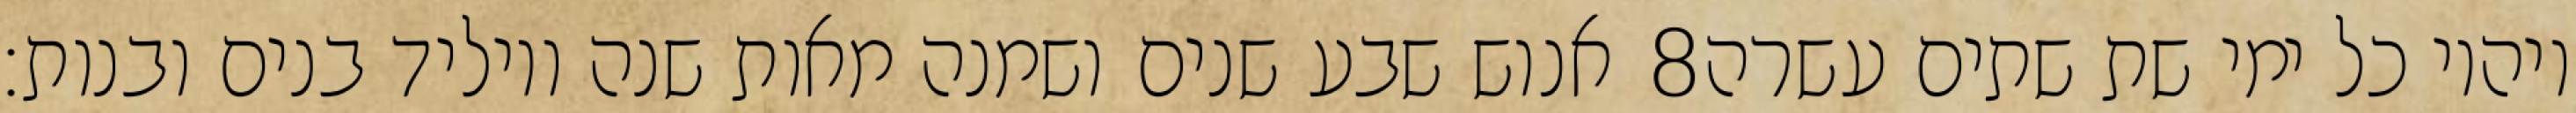
אנוש שבע שנים ושמנה מאות שנה ויוליד בנים ובנות׃ ‎8‏ ויהיו כל ימי שת שתים עשרה